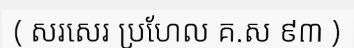
( សរសេរ ប្រហែល គ.ស ៩៣ )